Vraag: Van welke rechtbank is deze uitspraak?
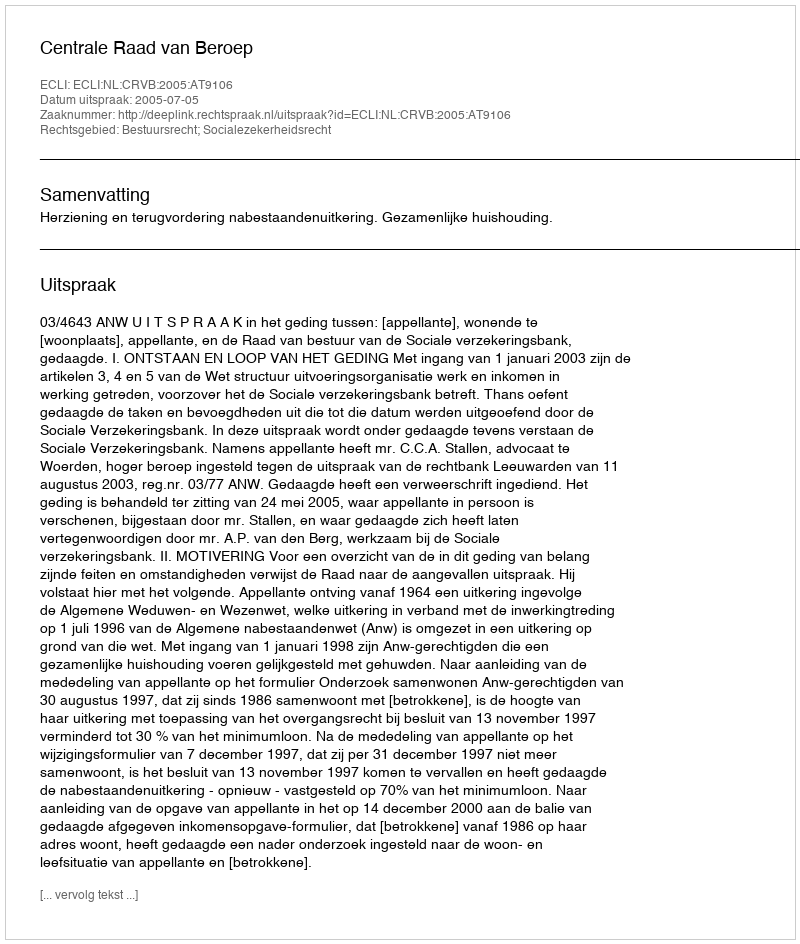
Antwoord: Centrale Raad van Beroep